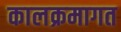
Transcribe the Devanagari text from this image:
कालक्रमागत